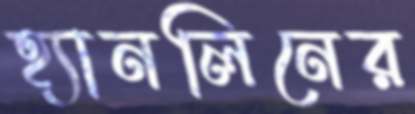
হ্যানলিনের